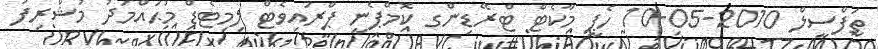
ތަފްސީލް 2010-05-10 ހެޕީ މާކެޓް ޓްރޭޑިންގ ކޮމްޕެނީ ޕްރައިވެޓް ލިމިޓެޑް މުޙައްމަދު މުޝްރިފު